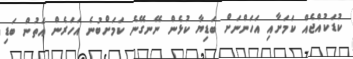
ކުޑަކުއްޖެއް ކަމަށާއި އަހަންނަށް ބަޑިޔާ ކުޅެން ނޭނގޭނެ ކަމަށްބުނެ އަހަރެން އަތުން ބަޑި